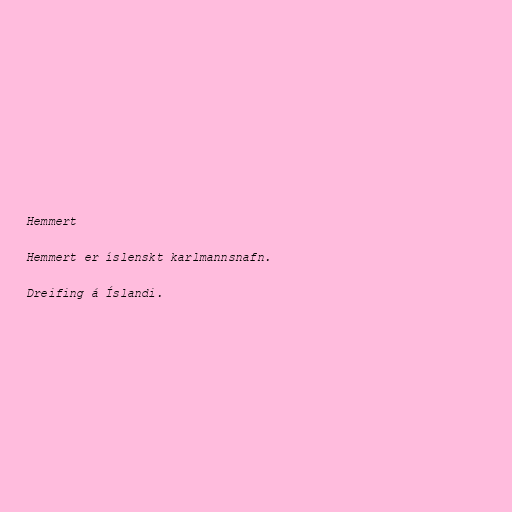
Hemmert

Hemmert er íslenskt karlmannsnafn.

Dreifing á Íslandi.